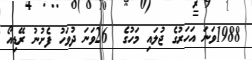
1988ވަނަ އަހަރުގެ ޖުލައި މަހުގެ  26ވަނަ ދުވަހު ފެށުނު ރޭޑިއޯ